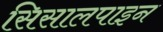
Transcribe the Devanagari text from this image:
सिसालपाइन